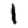
Digit: 1